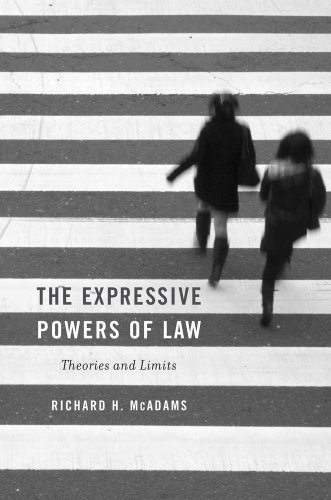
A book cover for The Expressive Powers of Law: Theories and Limits; Richard H. McAdams; Law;